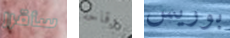
سأقرر وقاحة بوريس